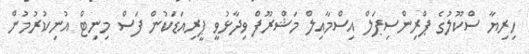
ހިރިޔާ ސްކޫލުގެ ޕްރިންސިޕަލް އިސްމާއިލް މަޝްރޫފް ވިދާޅުވީ ޕީރިއަޑަކުން ފަސް މިނިޓް އުނިކުރުމުން